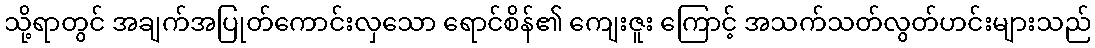
သို့ရာတွင် အချက်အပြုတ်ကောင်းလှသော ရောင်စိန်၏ ကျေးဇူး ကြောင့် အသက်သတ်လွတ်ဟင်းများသည်